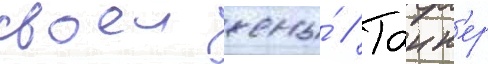
своеи жены́ // Танн'ер